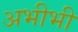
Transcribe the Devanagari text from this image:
अभीभी